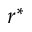
r ^ { \ast }